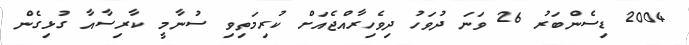
2004 ޑިސެންބަރު 26 ވަނަ ދުވަހު ދިވެހިރާއްޖެއަށް ކުރިމަތިވި ސުނާމީ ކާރިސާއާ ގުޅިގެން